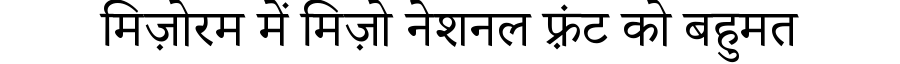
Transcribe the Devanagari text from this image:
मिज़ोरम में मिज़ो नेशनल फ़्रंट को बहुमत